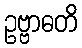
ဥဗ္ဗာဓတိ